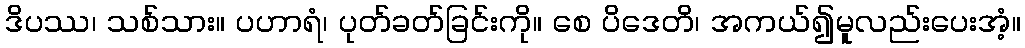
ဒိပဿ၊ သစ်သား။ ပဟာရံ၊ ပုတ်ခတ်ခြင်းကို။ စေ ပိဒေတိ၊ အကယ်၍မူလည်းပေးအံ့။